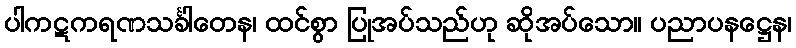
ပါကဋကရဏသင်္ခါတေန၊ ထင်စွာ ပြုအပ်သည်ဟု ဆိုအပ်သော။ ပညာပနဋ္ဌေန၊